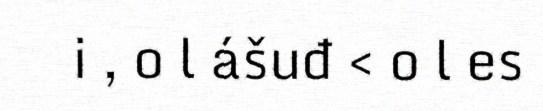
i , o l ášuđ < o l es